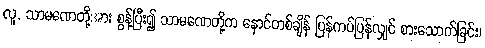
လူ, သာမဏေတို့အား စွန့်ပြီး၍ သာမဏေတို့က နောင်တစ်ချိန် ပြန်ကပ်ပြန်လျှင် စားသောက်ခြင်း၊